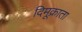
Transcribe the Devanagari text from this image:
दिमूक्राता